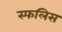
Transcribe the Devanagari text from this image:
स्फलिस